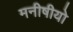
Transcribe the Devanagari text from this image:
मनीषीयो